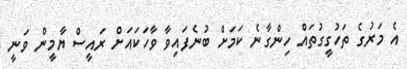
އެ މަރުގެ ތަހުގީގުތައް ހިންގާނެ ކަމަށް ބުނެފައިވާ ވާހަކައަށް ރައީސް ޔާމީން ވަނީ